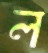
ল